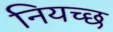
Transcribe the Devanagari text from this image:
नियच्छ